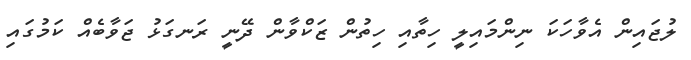
ލުޖައިން އެވާހަކަ ނިންމައިލީ ހިތާއި ހިތުން ޒަކްވާން ދޭނީ ރަނގަޅު ޖަވާބެއް ކަމުގައި